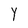
Character: l